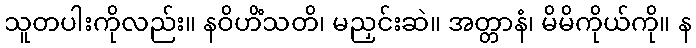
သူတပါးကိုလည်း။ နဝိဟိံသတိ၊ မညှင်းဆဲ။ အတ္တာနံ၊ မိမိကိုယ်ကို။ န